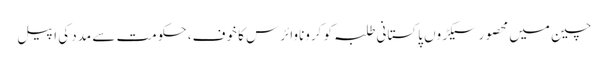
چین میں محصور سیکڑوں پاکستانی طلبہ کو کروناوائرس کا خوف، حکومت سے مدد کی اپیل